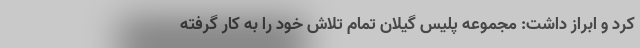
کرد و ابراز داشت: مجموعه پلیس گیلان تمام تلاش خود را به کار گرفته